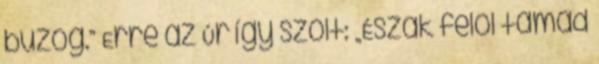
buzog.” Erre az Úr így szólt: „Észak felől támad